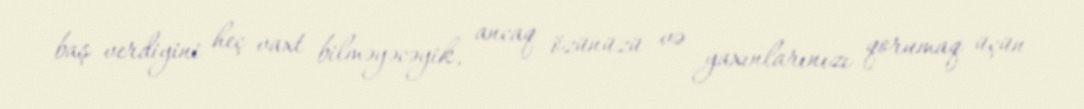
baş verdiyini heç vaxt bilməyəcəyik, ancaq özünüzü və yaxınlarınızı qorumaq üçün